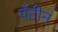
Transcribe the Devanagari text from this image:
पॅटीन